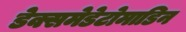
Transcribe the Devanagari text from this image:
डेक्समेडेटोमाडिन